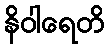
နိဝါရေတိ